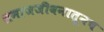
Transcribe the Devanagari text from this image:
समाजजीवनातूनच